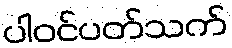
ပါဝင်ပတ်သက်